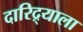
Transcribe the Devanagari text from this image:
दारिद्र्याला